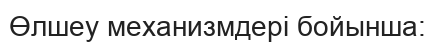
Өлшеу механизмдері бойынша: